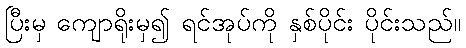
ပြီးမှ ကျောရိုးမှ၍ ရင်အုပ်ကို နှစ်ပိုင်း ပိုင်းသည်။